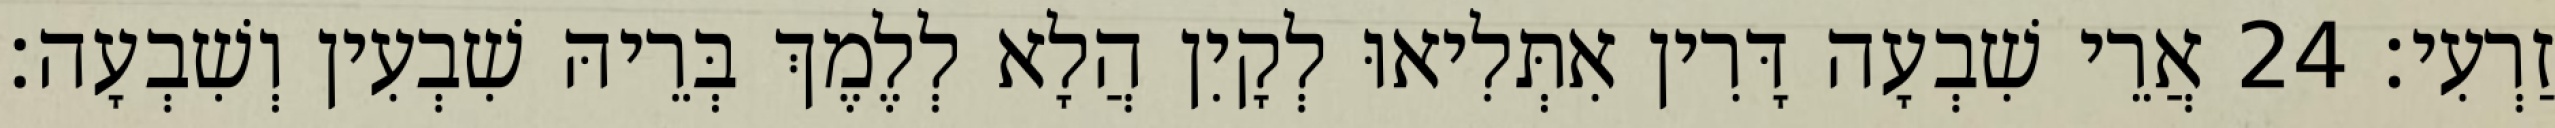
זַרְעִי׃ 24 אֲרֵי שִׁבְעָה דָּרִין אִתְּלִיאוּ לְקָיִן הֲלָא לְלֶמֶךְ בְּרֵיהּ שִׁבְעִין וְשִׁבְעָה׃